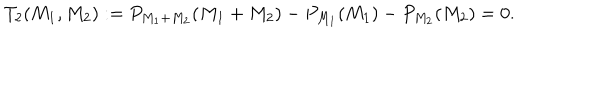
LaTeX: T _ { 2 } ( M _ { 1 } , M _ { 2 } ) : = P _ { M _ { 1 } + M _ { 2 } } ( M _ { 1 } + M _ { 2 } ) - P _ { M _ { 1 } } ( M _ { 1 } ) - P _ { M _ { 2 } } ( M _ { 2 } ) = 0 .